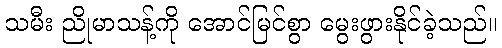
သမီး ညိုမာသန့်ကို အောင်မြင်စွာ မွေးဖွားနိုင်ခဲ့သည်။